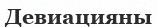
Девиацияны